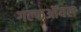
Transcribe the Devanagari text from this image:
गल्फऑयल